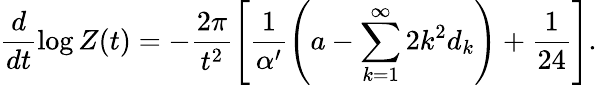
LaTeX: \frac d{dt}\log Z(t)=-\frac{2\pi}{t^{2}}\left[\frac 1{\alpha^{\prime}}\left(a-\sum_{k=1}^{\infty}2k^{2}d_{k}\right)+\frac 1{24}\right].